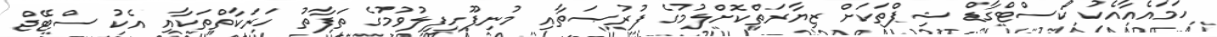
ހަމައެއާއެކު ކޯސްޓްގާޑް ޝިޕްތަކަށް ޒިޔާރަތްކޮށްލުމުގެ ފުރުޞަތާއި މުނިފޫހިފިލުވުމުގެ ތަފާތު ހަރަކާތްތަކާއި އެކު ސްޓޭޖް